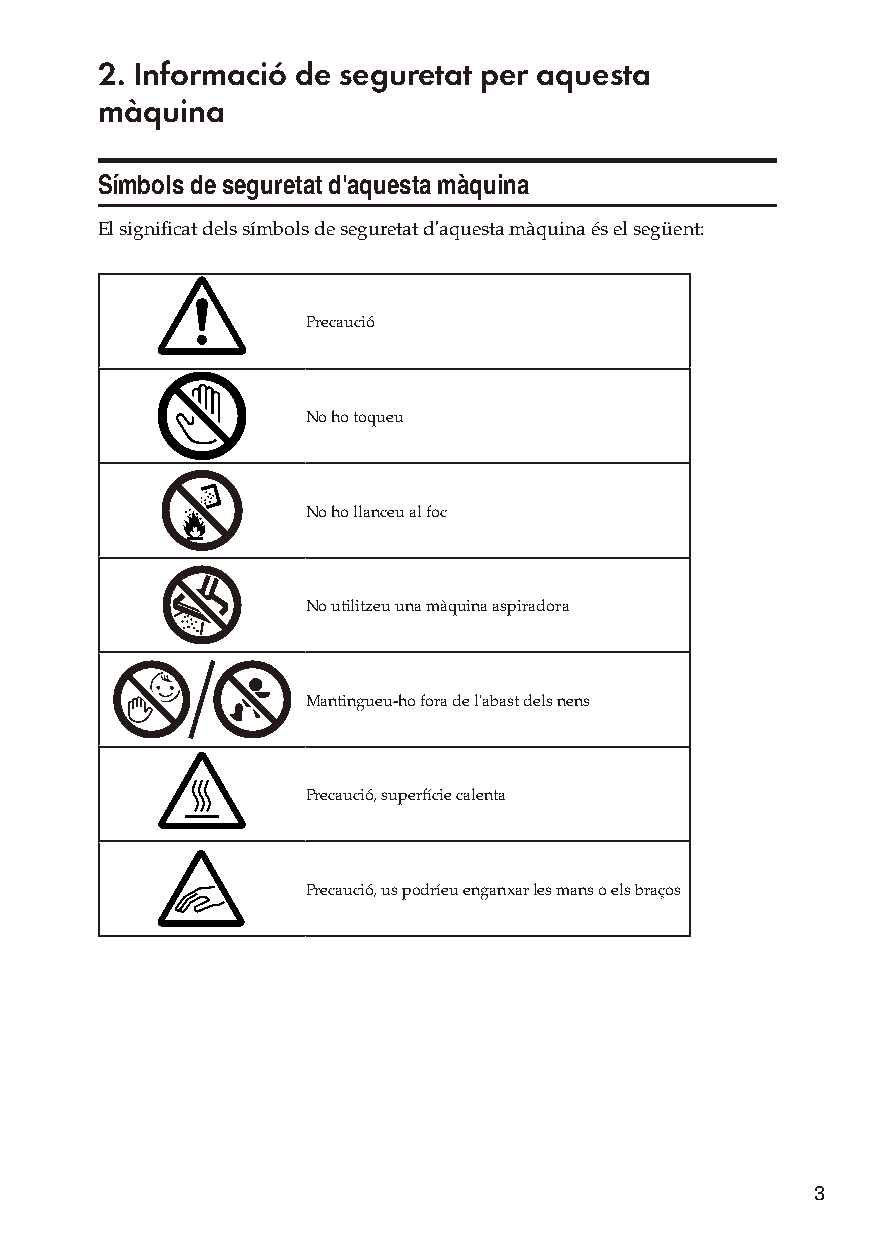
2. Informació de seguretat per aquesta
 màquina
 Símbols de seguretat d'aquesta màquina
 El significat dels símbols de seguretat d'aquesta màquina és el següent:
 Precaució
 No ho toqueu
 No ho llanceu al foc
 No utilitzeu una màquina aspiradora
 Mantingueu-ho fora de l'abast dels nens
 Precaució, superfície calenta
 Precaució, us podríeu enganxar les mans o els braços
 3